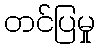
တင်ပြမှု